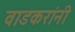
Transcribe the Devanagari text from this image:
वाडकरांनी